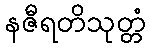
နဇီရတိသုတ္တံ